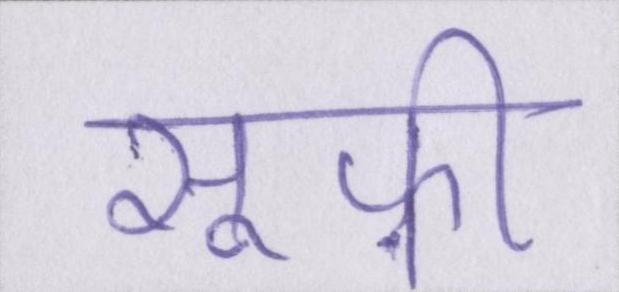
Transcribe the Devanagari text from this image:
सूफ़ी